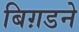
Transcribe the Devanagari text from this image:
बिग़डने